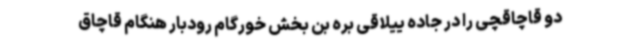
دو قاچاقچی را در جاده ییلاقی بره بن بخش خورگام رودبار هنگام قاچاق